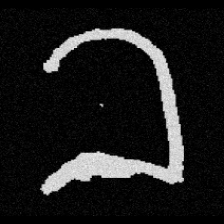
Pyu character \u2014 Myanmar letter: ခ (romanized: kha)